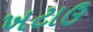
ખટાઉ